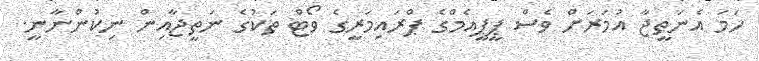
ހަމަ އެނަތީޖާ އުމަރަށް ވެސް ޕީޕީއެމްގެ ޕްރައިމަރީގެ ވޯޓް ތަކުގެ ނަތީޖާއިން ނިކުންނާނީ.